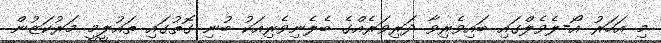
މި އަހަރު އޯ-ލެވެލްގައި ބައިވެރިވާ ދަރިވަރެއްގެ ބެލެނިވެރިއަކު ބުނި ގޮތުގައި ތައުލީމީ މަރުކަޒުން